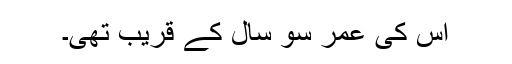
اس کی عمر سو سال کے قریب تھی۔